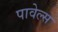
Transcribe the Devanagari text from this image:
पावेल्स